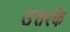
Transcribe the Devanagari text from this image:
उत्तरके